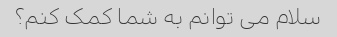
سلام می توانم به شما کمک کنم؟